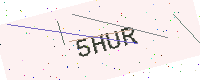
Text: 5HUR